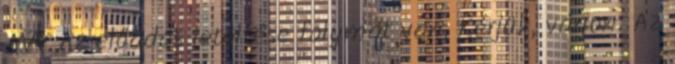
AVV Az előadás letöltése folymat van. Kérjük, várjon. Az